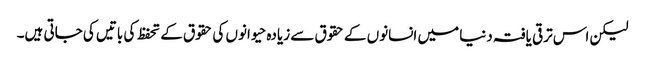
لیکن اس ترقی یافتہ دنیا میں انسانوں کے حقوق سے زیادہ حیوانوں کی حقوق کے تحفظ کی باتیں کی جاتی ہیں۔